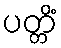
ပတ္တိံ